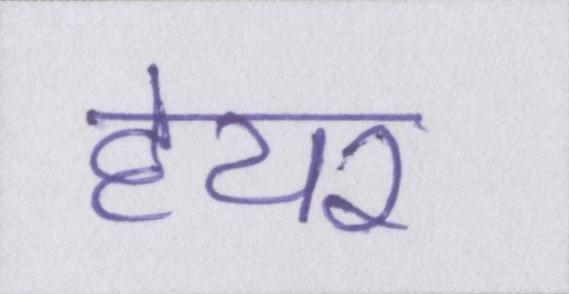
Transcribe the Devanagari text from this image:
हेयर